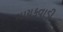
ગાયકવાડી